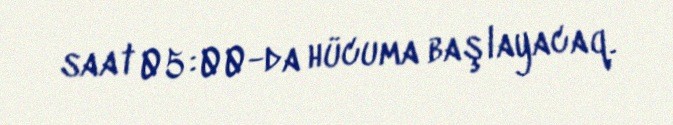
saat 05:00-da hücuma başlayacaq.